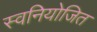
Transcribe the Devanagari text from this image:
स्वनियोजित